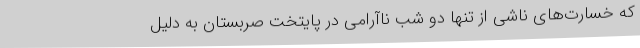
که خسارت‌های ناشی از تنها دو شب ناآرامی در پایتخت صربستان به دلیل